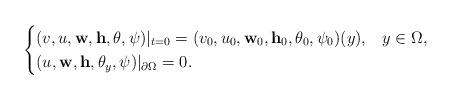
LaTeX: \begin{align*}\begin{cases}(v,u,\mathbf{w},\mathbf{h},\theta,\psi)|_{t=0}=(v_0,u_0,\mathbf{w}_0,\mathbf{h}_0,\theta_0,\psi_0)(y), &y\in\Omega,\\(u,\mathbf{w},\mathbf{h},\theta_y,\psi)|_{\partial\Omega}=0.\end{cases}\end{align*}